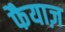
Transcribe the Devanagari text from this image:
फैयाज़